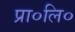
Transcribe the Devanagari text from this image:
प्रा०लि०